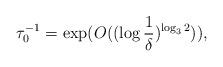
LaTeX: \begin{align*}\tau_{0}^{-1} = \exp(O((\log \frac{1}{\delta})^{\log_{3}2})),\end{align*}